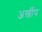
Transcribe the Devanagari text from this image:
अर्ख़ीप